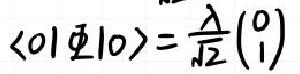
$\langle 01 \varPhi 10\rangle=\frac{\lambda}{\sqrt{2}}\begin{pmatrix}0\\1\end{pmatrix}$